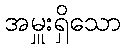
အမှူးရှိသော